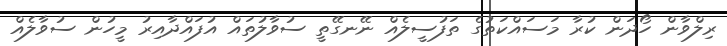
ރިލްވާން ހޯދަން ކުރާ މަސައްކަތުގެ ތަފުސީލެއް ނޭނގޭތީ ސުވާލުތައް އުފައްދާއިރު މީހުން ސުވާލެއް